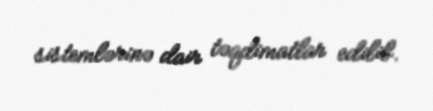
sistemlərinə dair təqdimatlar edilib.